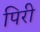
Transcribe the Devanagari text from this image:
पिरी